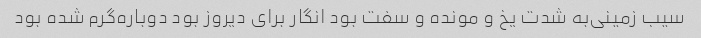
سیب زمینی‌به شدت یخ و مونده و سفت بود انگار برای دیروز بود دوباره‌گرم شده بود